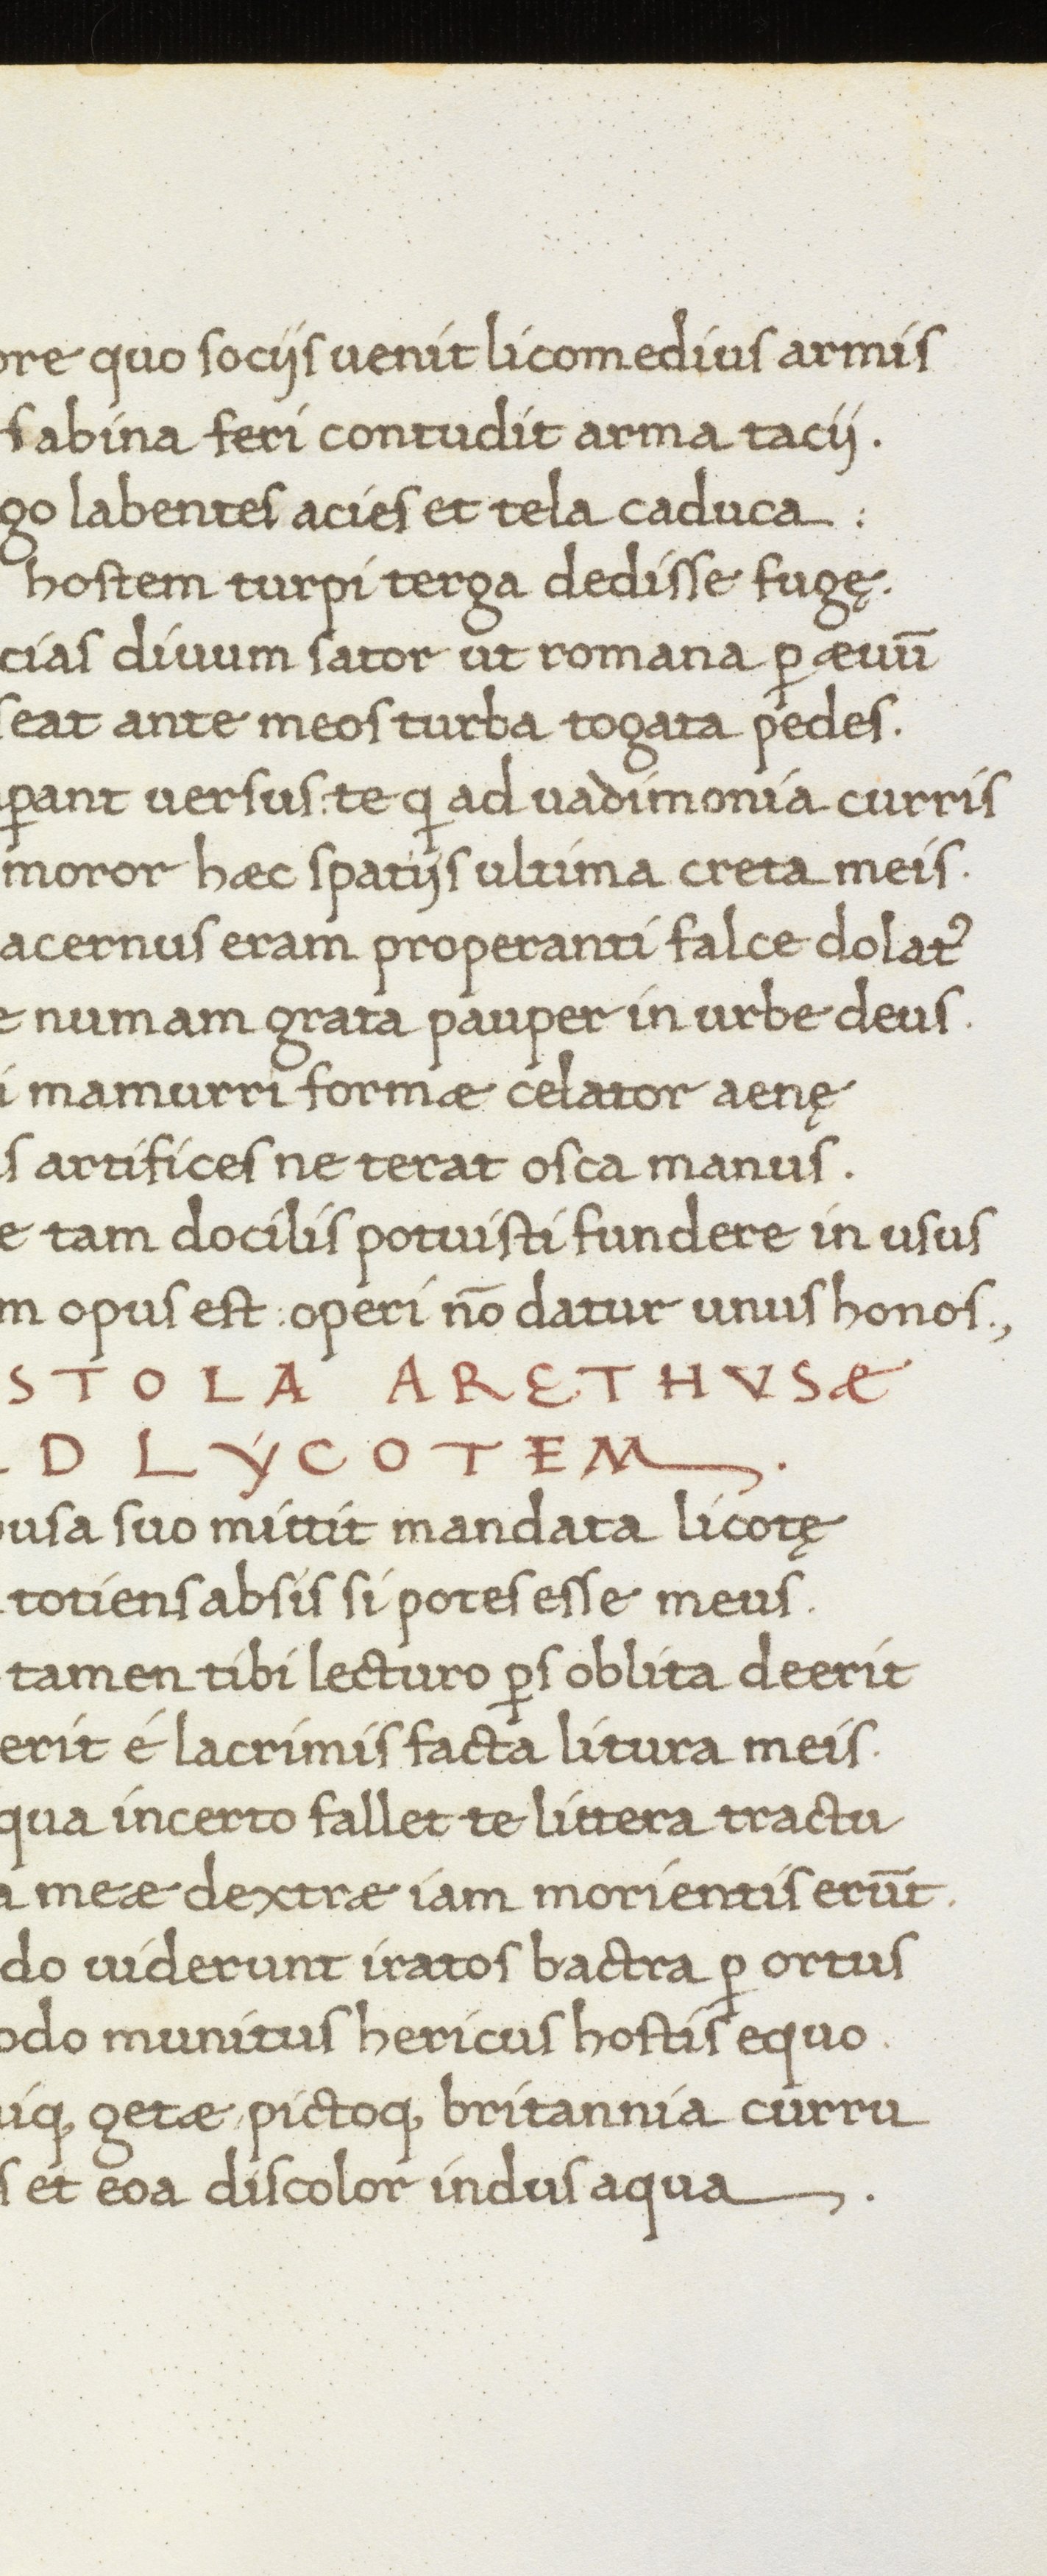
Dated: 1466–1466